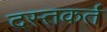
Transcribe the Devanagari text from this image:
दस्तकर्त